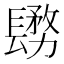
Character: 𨲬